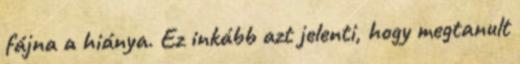
fájna a hiánya. Ez inkább azt jelenti, hogy megtanult